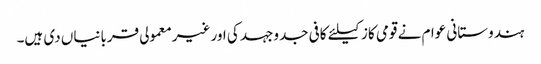
ہندوستانی عوام نے قومی کاز کیلئے کافی جدوجہد کی اور غیرمعمولی قربانیاں دی ہیں۔